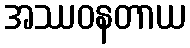
အဿဝနတာယ